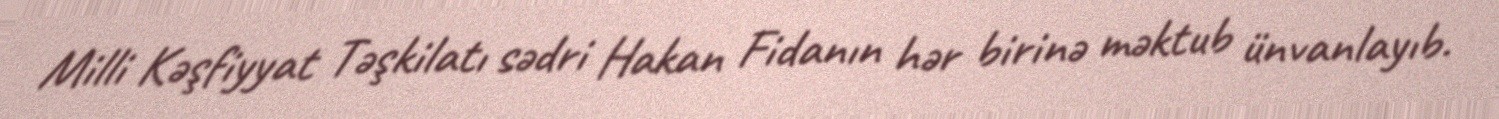
Milli Kəşfiyyat Təşkilatı sədri Hakan Fidanın hər birinə məktub ünvanlayıb.